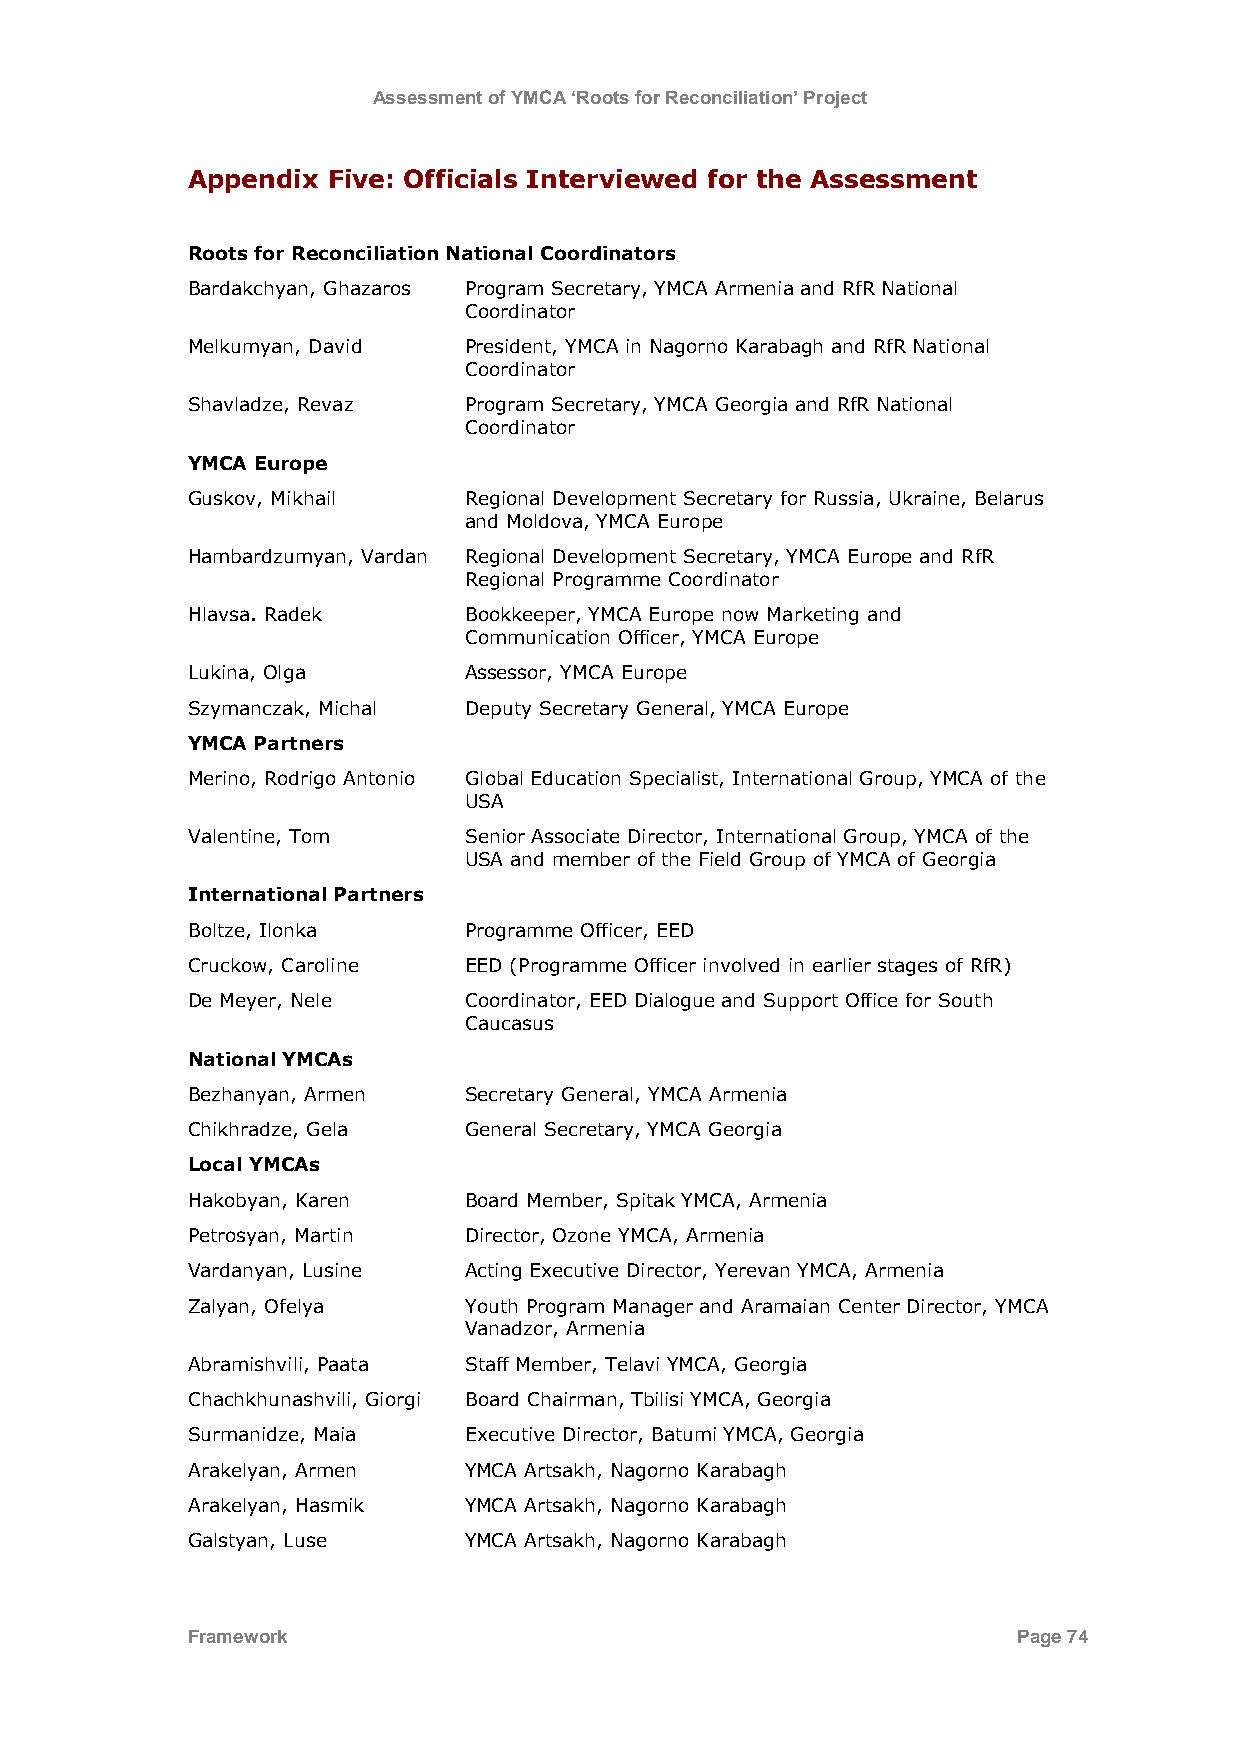
Assessment of YMCA ‘Roots for Reconciliation’ Project
 Appendix  Five: Officials Interviewed for the Assessment
 Roots for Reconciliation National Coordinators
 Bardakchyan, Ghazaros Program Secretary, YMCA Armenia and RfR National
 Coordinator
 Melkumyan, David   President, YMCA in Nagorno Karabagh and RfR National
 Coordinator
 Shavladze, Revaz   Program Secretary, YMCA Georgia and RfR National
 Coordinator
 YMCA Europe
 Guskov, Mikhail    Regional Development Secretary for Russia, Ukraine, Belarus
 and Moldova, YMCA Europe
 Hambardzumyan, Vardan Regional Development Secretary, YMCA Europe and RfR
 Regional Programme Coordinator
 Hlavsa. Radek      Bookkeeper, YMCA Europe now Marketing and
 Communication Officer, YMCA Europe
 Lukina, Olga       Assessor, YMCA Europe
 Szymanczak, Michal Deputy Secretary General, YMCA Europe
 YMCA Partners
 Merino, Rodrigo Antonio Global Education Specialist, International Group, YMCA of the
 USA
 Valentine, Tom     Senior Associate Director, International Group, YMCA of the
 USA and member of the Field Group of YMCA of Georgia
 International Partners
 Boltze, Ilonka     Programme Officer, EED
 Cruckow, Caroline  EED (Programme Officer involved in earlier stages of RfR)
 De Meyer, Nele     Coordinator, EED Dialogue and Support Office for South
 Caucasus
 National YMCAs
 Bezhanyan, Armen   Secretary General, YMCA Armenia
 Chikhradze, Gela   General Secretary, YMCA Georgia
 Local YMCAs
 Hakobyan, Karen    Board Member, Spitak YMCA, Armenia
 Petrosyan, Martin  Director, Ozone YMCA, Armenia
 Vardanyan, Lusine  Acting Executive Director, Yerevan YMCA, Armenia
 Zalyan, Ofelya     Youth Program Manager and Aramaian Center Director, YMCA
 Vanadzor, Armenia
 Abramishvili, Paata Staff Member, Telavi YMCA, Georgia
 Chachkhunashvili, Giorgi Board Chairman, Tbilisi YMCA, Georgia
 Surmanidze, Maia   Executive Director, Batumi YMCA, Georgia
 Arakelyan, Armen   YMCA Artsakh, Nagorno Karabagh
 Arakelyan, Hasmik  YMCA Artsakh, Nagorno Karabagh
 Galstyan, Luse     YMCA Artsakh, Nagorno Karabagh
 Framework                                              Page 74